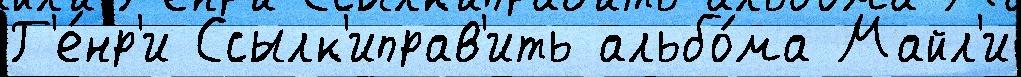
Г'е́нр'и Ссылк'иправ'ить альбо́ма Майл'и